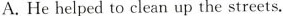
A. He helped to clean up the streets.